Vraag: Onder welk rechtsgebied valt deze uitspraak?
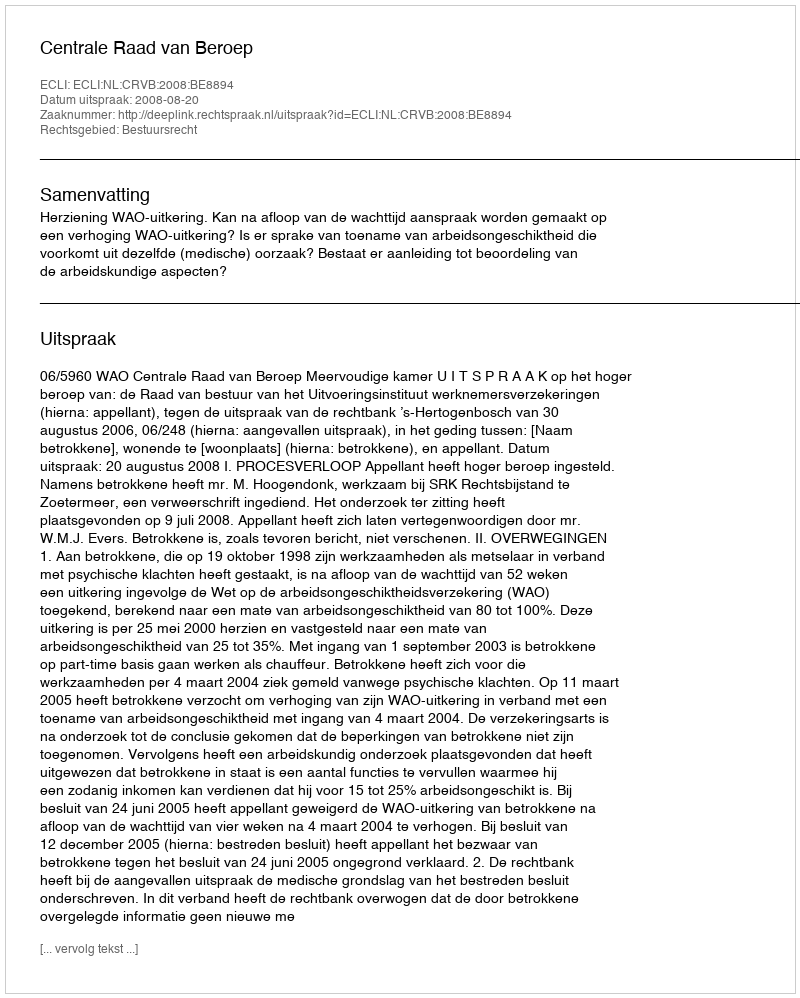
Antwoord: Bestuursrecht